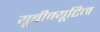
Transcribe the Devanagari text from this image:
यूबीक्यूटिन